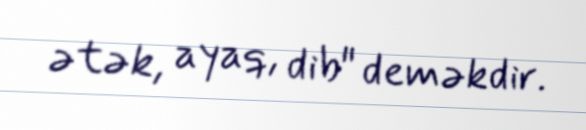
ətək, ayaq, dib" deməkdir.